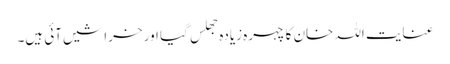
عنایت اللہ خان کا چہرہ زیادہ جھلس گیا اور خراشیں آئی ہیں۔